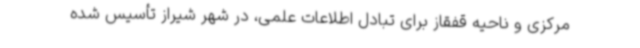
مرکزی و ناحیه قفقاز برای تبادل اطلاعات علمی، در شهر شیراز تأسیس شده